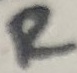
Text: R